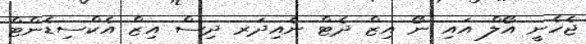
ޖެހެނީ އޯލް އައި ނޯ އިޒް ދެޓް ނެއިދަރ ދިސް އިޒް އެކްސިޑެންޓް